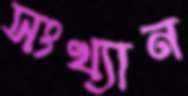
সংখ্যান